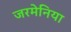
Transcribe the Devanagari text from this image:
जरमेनिया